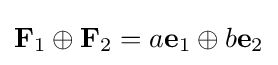
\mathbf {F} _{1}\oplus \mathbf {F} _{2}=a\mathbf {e} _{1}\oplus b\mathbf {e} _{2}